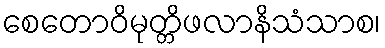
စေတောဝိမုတ္တိဖလာနိသံသာစ၊